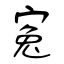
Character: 寃